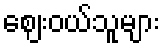
ဈေးဝယ်သူများ